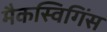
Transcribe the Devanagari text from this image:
मैकस्विगिंस